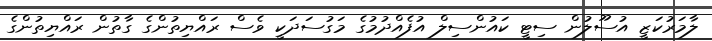
ލާމަރުކަޒީ އުސޫލުން ސިޓީ ކައުންސިލް އުފެއްދުމުގެ މަގުސަދަކީ ވެސް ރައްޔިތުންގެ ގާތުން ރައްޔިތުންގެ